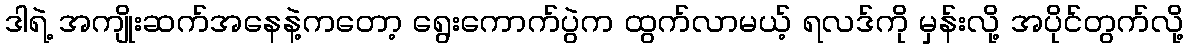
ဒါရဲ့ အကျိုးဆက်အနေနဲ့ကတော့ ရွေးကောက်ပွဲက ထွက်လာမယ့် ရလဒ်ကို မှန်းလို့ အပိုင်တွက်လို့